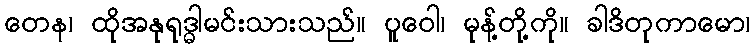
တေန၊ ထိုအနုရုဒ္ဓါမင်းသားသည်။ ပူဝေါ၊ မုန့်တို့ကို။ ခါဒိတုကာမော၊